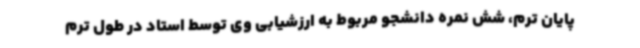
پایان ترم، شش نمره دانشجو مربوط به ارزشیابی وی توسط استاد در طول ترم